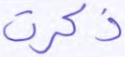
ذكرت